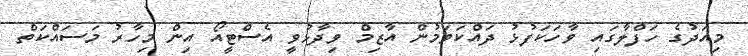
މިއަދުގެ ހަފްލާގައި ވާހަކަފުޅު ދައްކަވަމުން އާޒިމް ވިދާޅުވީ އެސްޓީއޯ އިން މިހާރު މަސައްކަތް